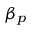
\beta _ { p }